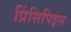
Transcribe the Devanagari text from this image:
प्रिंसिपिइस